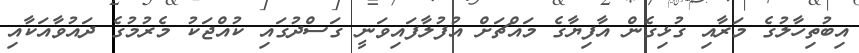
އިބުތިހާލުގެ މަރާއި ގުޅިގެން އާފިޔާގެ މައްޗަށް އުފުލާފައިވަނީ ގަސްދުގައި ކުއްޖަކު މެރުމުގެ ދައުވާއަކާއި